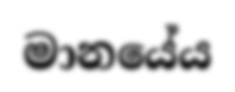
මානයේය